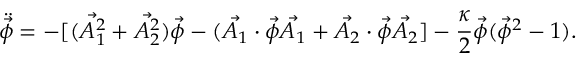
\ddot { \vec { \phi } } = - [ ( \vec { A _ { 1 } ^ { 2 } } + \vec { A _ { 2 } ^ { 2 } } ) \vec { \phi } - ( \vec { A _ { 1 } } \cdot \vec { \phi } \vec { A _ { 1 } } + \vec { A _ { 2 } } \cdot \vec { \phi } \vec { A _ { 2 } } ] - \frac { \kappa } { 2 } \vec { \phi } ( \vec { \phi } ^ { 2 } - 1 ) .